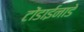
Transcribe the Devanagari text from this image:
टोंडाईनाडे